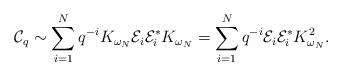
LaTeX: \begin{align*}\mathcal{C}_{q} \sim \sum_{i = 1}^N q^{-i} K_{\omega_N} \mathcal{E}_i \mathcal{E}_i^* K_{\omega_N}= \sum_{i = 1}^N q^{-i} \mathcal{E}_i \mathcal{E}_i^* K_{\omega_N}^2.\end{align*}